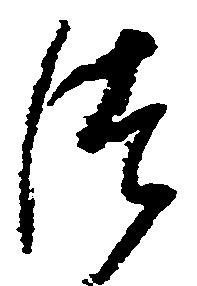
つ